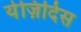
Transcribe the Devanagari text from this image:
येज़िदिस